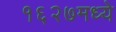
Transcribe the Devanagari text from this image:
१६२७मध्ये